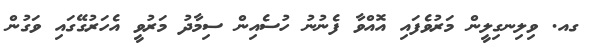
ގއ. ވިލިނގިލީން މަރުވެފައި އޮއްވާ ފެނުނު ހުސެއިން ސިމާދު މަރުވީ އެހަރުގޭގައި ވަގުން